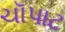
ચૉપાટ